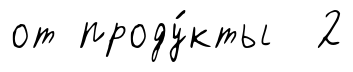
от проду́кты 2